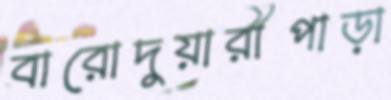
বারোদুয়ারীপাড়া